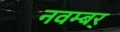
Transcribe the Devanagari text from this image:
नवम्बर्